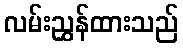
လမ်းညွှန်ထားသည်